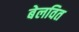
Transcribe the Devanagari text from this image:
बेलवित